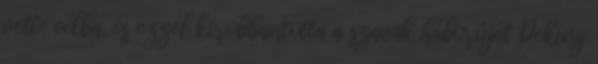
vette célba, és ezzel kirobbantotta a szavak háborúját Peking